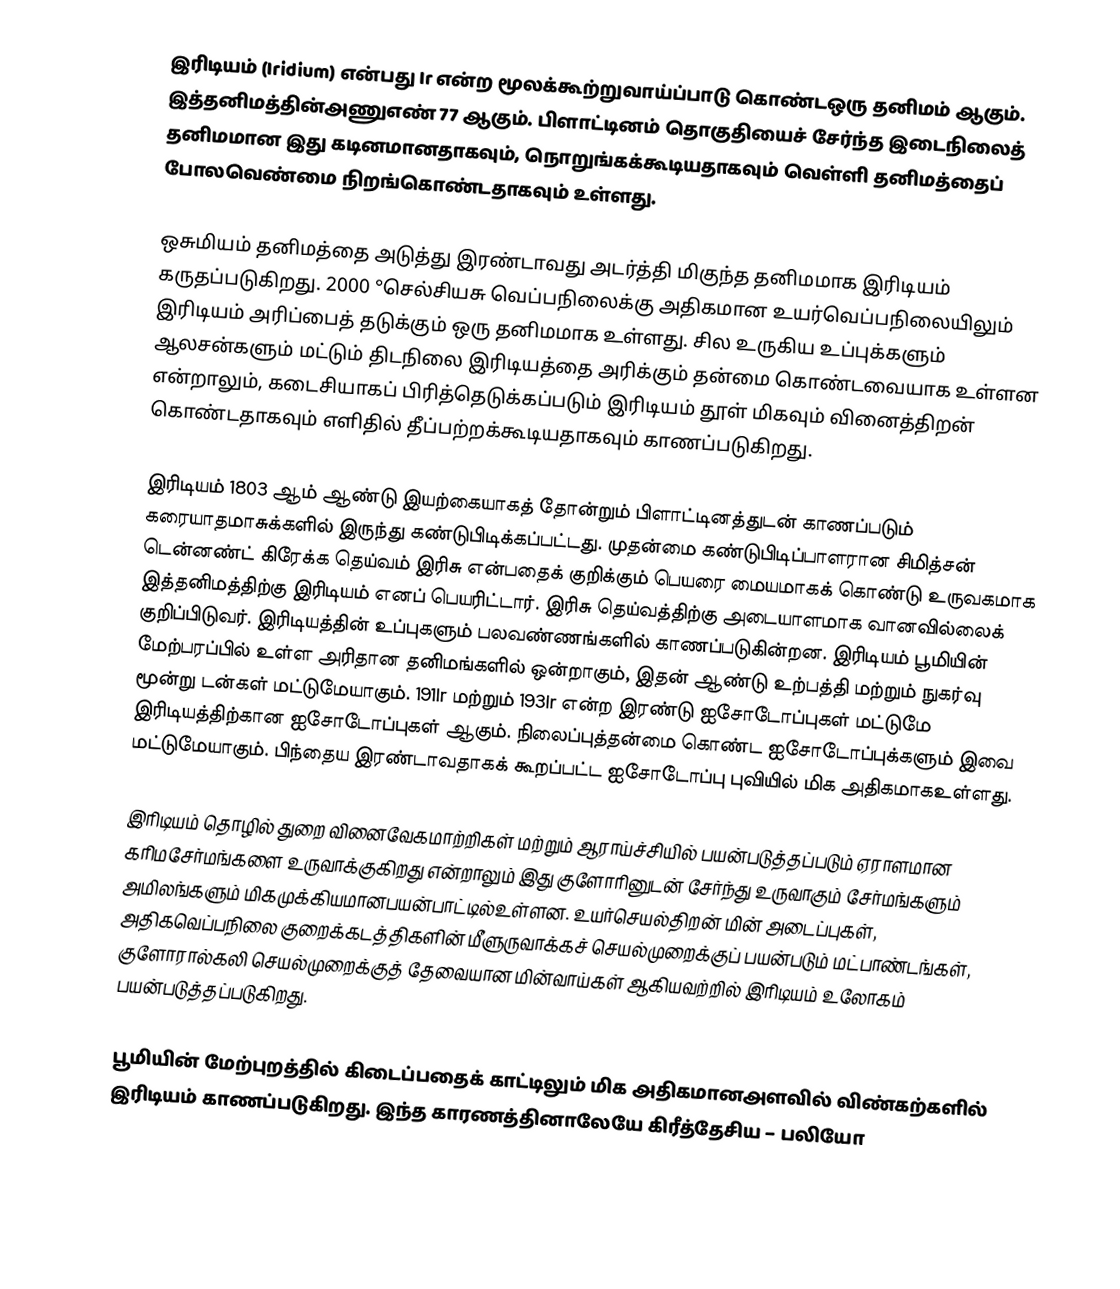
இரிடியம் (Iridium) என்பது Ir என்ற மூலக்கூற்றுவாய்ப்பாடு கொண்டஒரு தனிமம் ஆகும். இத்தனிமத்தின்அணுஎண் 77  ஆகும். பிளாட்டினம் தொகுதியைச் சேர்ந்த இடைநிலைத் தனிமமான இது கடினமானதாகவும், நொறுங்கக்கூடியதாகவும் வெள்ளி தனிமத்தைப் போலவெண்மை நிறங்கொண்டதாகவும் உள்ளது.

ஒசுமியம் தனிமத்தை அடுத்து இரண்டாவது அடர்த்தி மிகுந்த தனிமமாக இரிடியம் கருதப்படுகிறது. 2000 °செல்சியசு வெப்பநிலைக்கு அதிகமான உயர்வெப்பநிலையிலும் இரிடியம் அரிப்பைத் தடுக்கும் ஒரு தனிமமாக உள்ளது. சில உருகிய உப்புக்களும் ஆலசன்களும் மட்டும் திடநிலை இரிடியத்தை அரிக்கும் தன்மை கொண்டவையாக உள்ளன என்றாலும், கடைசியாகப் பிரித்தெடுக்கப்படும் இரிடியம் தூள் மிகவும் வினைத்திறன் கொண்டதாகவும் எளிதில் தீப்பற்றக்கூடியதாகவும் காணப்படுகிறது.

இரிடியம் 1803 ஆம் ஆண்டு இயற்கையாகத் தோன்றும் பிளாட்டினத்துடன் காணப்படும் கரையாதமாசுக்களில் இருந்து கண்டுபிடிக்கப்பட்டது. முதன்மை கண்டுபிடிப்பாளரான சிமித்சன் டென்னண்ட் கிரேக்க தெய்வம் இரிசு என்பதைக் குறிக்கும் பெயரை மையமாகக் கொண்டு உருவகமாக இத்தனிமத்திற்கு இரிடியம் எனப் பெயரிட்டார். இரிசு தெய்வத்திற்கு அடையாளமாக வானவில்லைக் குறிப்பிடுவர். இரிடியத்தின் உப்புகளும் பலவண்ணங்களில் காணப்படுகின்றன. இரிடியம் பூமியின் மேற்பரப்பில் உள்ள அரிதான தனிமங்களில் ஒன்றாகும், இதன் ஆண்டு உற்பத்தி மற்றும் நுகர்வு மூன்று டன்கள் மட்டுமேயாகும். 191Ir மற்றும் 193Ir  என்ற இரண்டு ஐசோடோப்புகள் மட்டுமே இரிடியத்திற்கான ஐசோடோப்புகள் ஆகும். நிலைப்புத்தன்மை கொண்ட ஐசோடோப்புக்களும் இவை மட்டுமேயாகும். பிந்தைய இரண்டாவதாகக் கூறப்பட்ட ஐசோடோப்பு புவியில் மிக அதிகமாகஉள்ளது.

இரிடியம் தொழில் துறை வினைவேகமாற்றிகள் மற்றும் ஆராய்ச்சியில் பயன்படுத்தப்படும் ஏராளமான கரிமசேர்மங்களை உருவாக்குகிறது என்றாலும் இது குளோரினுடன் சேர்ந்து உருவாகும் சேர்மங்களும் அமிலங்களும் மிகமுக்கியமானபயன்பாட்டில்உள்ளன. உயர்செயல்திறன் மின் அடைப்புகள், அதிகவெப்பநிலை குறைக்கடத்திகளின் மீளுருவாக்கச் செயல்முறைக்குப் பயன்படும் மட்பாண்டங்கள், குளோரால்கலி செயல்முறைக்குத் தேவையான மின்வாய்கள் ஆகியவற்றில் இரிடியம் உலோகம் பயன்படுத்தப்படுகிறது.

பூமியின் மேற்புறத்தில் கிடைப்பதைக் காட்டிலும் மிக அதிகமானஅளவில் விண்கற்களில் இரிடியம் காணப்படுகிறது. இந்த காரணத்தினாலேயே கிரீத்தேசிய – பலியோ